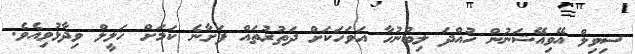
ސިވިލް އޭވިއޭޝަނުން ހުއްދަ ލިބުނުހާ އަވަހަކަށް ދަތުރުތައް ފަށާނެ ކަމަށް ހަލީލް ވިދާޅުވިއެވެ.